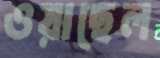
ওয়াছেল